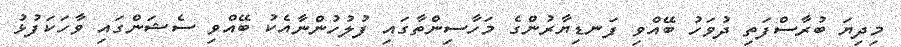
މިދިޔަ ބުރާސްފަތި ދުވަހު ބޭއްވި ފަނޑިޔާރުންގެ މަހާސިންތާގައި ފުލުހުންނާއެކު ބޭއްވި ސެޝަންގައި ވާހަކަފުޅު